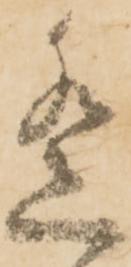
遥